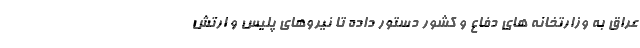
عراق به وزارتخانه های دفاع و کشور دستور داده تا نیروهای پلیس و ارتش